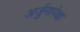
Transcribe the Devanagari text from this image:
अर्जुनापेक्षा